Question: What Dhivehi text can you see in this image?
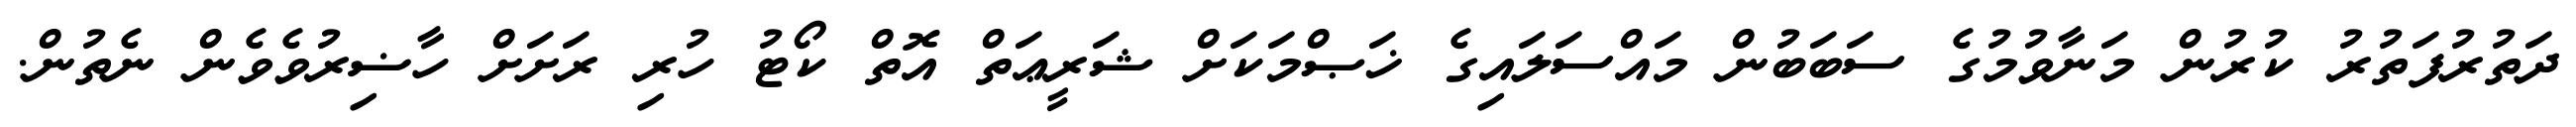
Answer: ދަތުރުފަތުރު ކުރުން މަނާވުމުގެ ސަބަބުން މައްސަލައިގެ ޚަޞްމަކަށް ޝަރީޢަތް އޮތް ކޯޓު ހުރި ރަށަށް ހާޟިރުވެވެން ނެތުން.